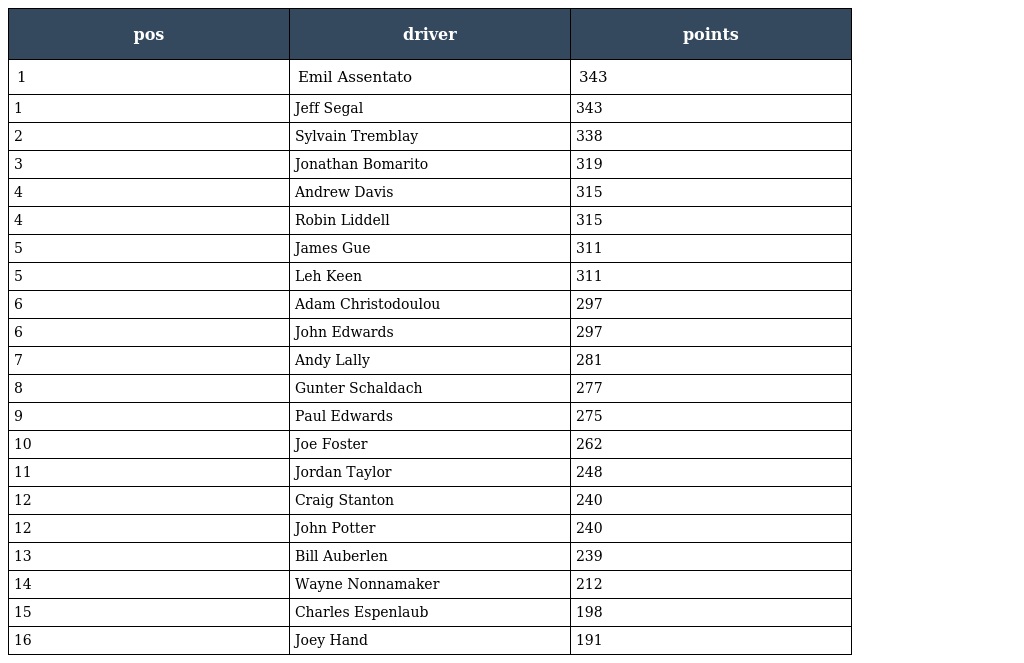
| pos | driver | points |
 | --- | --- | --- |
 | 1 | Emil Assentato | 343 |
 | 1 | Jeff Segal | 343 |
 | 2 | Sylvain Tremblay | 338 |
 | 3 | Jonathan Bomarito | 319 |
 | 4 | Andrew Davis | 315 |
 | 4 | Robin Liddell | 315 |
 | 5 | James Gue | 311 |
 | 5 | Leh Keen | 311 |
 | 6 | Adam Christodoulou | 297 |
 | 6 | John Edwards | 297 |
 | 7 | Andy Lally | 281 |
 | 8 | Gunter Schaldach | 277 |
 | 9 | Paul Edwards | 275 |
 | 10 | Joe Foster | 262 |
 | 11 | Jordan Taylor | 248 |
 | 12 | Craig Stanton | 240 |
 | 12 | John Potter | 240 |
 | 13 | Bill Auberlen | 239 |
 | 14 | Wayne Nonnamaker | 212 |
 | 15 | Charles Espenlaub | 198 |
 | 16 | Joey Hand | 191 |